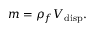
m = \rho _ { f } V _ { \mathrm { d i s p } } .